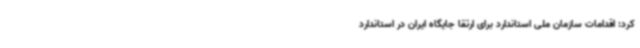
کرد: اقدامات سازمان ملی استاندارد برای ارتقا جایگاه ایران در استاندارد